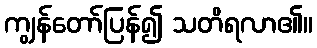
ကျွန်တော်ပြန်၍ သတိရလာ၏။